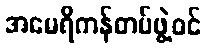
အမေရိကန်တပ်ဖွဲ့ဝင်